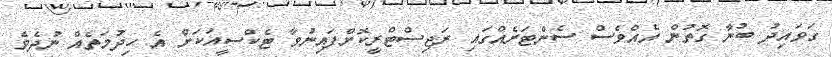
ގަވައިދު ބުނާ ގޮތުން އެއްވެސް ސެންޓަރެއްގައި ރަޖިސްޓްރީކޮށްފައިނުވާ ޓެކްސީއަކަށް އެ ހިދުމަތެއް ނުދެވެ